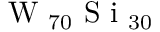
\textrm { W } _ { 7 0 } \textrm { S i } _ { 3 0 }